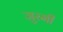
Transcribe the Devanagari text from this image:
जुरमी